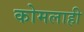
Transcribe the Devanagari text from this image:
कोमलाही